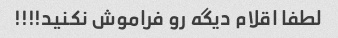
لطفا اقلام دیگه رو فراموش نکنید!!!!